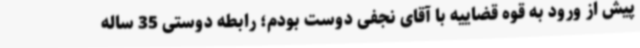
پیش از ورود به قوه قضاییه با آقای نجفی دوست بودم؛ رابطه دوستی 35 ساله